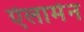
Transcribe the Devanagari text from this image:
ऐलामेन